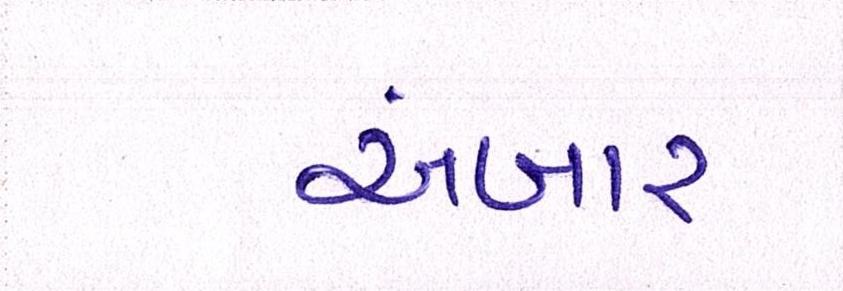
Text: અંબાર